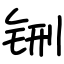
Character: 铏